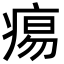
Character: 痬